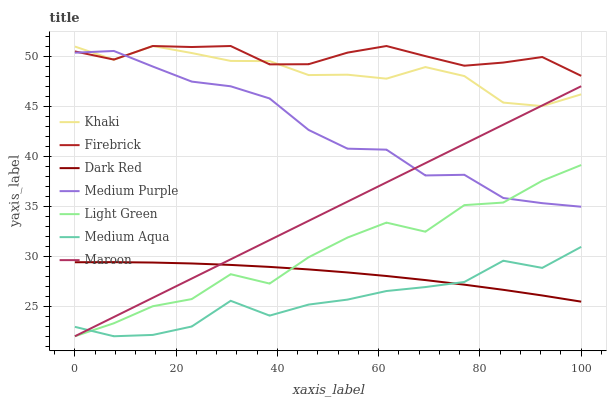
| xaxis_label | Khaki | Firebrick | Dark Red | Medium Purple | Light Green | Medium Aqua | Maroon |
 | --- | --- | --- | --- | --- | --- | --- | --- |
 | 0 | 50.9 | 50.5 | 29.4 | 50.3 | 22 | 22.9 | 22 |
 | 7.69 | 49.6 | 49.6 | 29.4 | 50.5 | 23.3 | 22 | 23.9 |
 | 15.4 | 51 | 51 | 29.4 | 48.9 | 25 | 22.1 | 25.8 |
 | 23.1 | 50.3 | 50.9 | 29.3 | 47.4 | 25.7 | 23 | 27.8 |
 | 30.8 | 49.5 | 51 | 29.1 | 47 | 28.2 | 25.5 | 29.7 |
 | 38.5 | 49.5 | 49.2 | 28.9 | 45.8 | 27.3 | 24.1 | 31.6 |
 | 46.2 | 48.1 | 49.2 | 28.7 | 42.6 | 29.9 | 25.2 | 33.5 |
 | 53.8 | 48.1 | 50.3 | 28.4 | 40.7 | 31.9 | 25.7 | 35.5 |
 | 61.5 | 47.7 | 51 | 28 | 40.6 | 33.4 | 26.5 | 37.4 |
 | 69.2 | 48.9 | 50 | 27.6 | 38.1 | 32.4 | 26.9 | 39.3 |
 | 76.9 | 48 | 49 | 27.2 | 38.1 | 35.1 | 27.4 | 41.2 |
 | 84.6 | 45.3 | 49.3 | 26.6 | 35.8 | 35.4 | 29.5 | 43.1 |
 | 92.3 | 45 | 49.9 | 26.1 | 35.3 | 37.5 | 28.8 | 45.1 |
 | 100 | 46.2 | 48 | 25.5 | 34.9 | 39.1 | 30.9 | 47 |